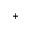
^ +